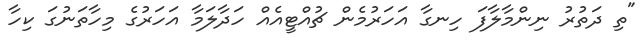
"ތި ދަތުރު ނިންމާލާފަ ހިނގާ އަހަރުމެން ޗުއްޓީއެއް ހަދާލަމާ އަހަރުގެ މިހާތަނުގަ ކިހާ